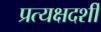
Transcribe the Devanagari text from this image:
प्रत्यक्षदर्शीं